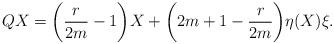
LaTeX: \begin{align*} QX = \bigg(\frac{r}{2m} - 1\bigg)X + \bigg(2m + 1 - \frac{r}{2m}\bigg)\eta(X)\xi.\end{align*}